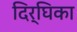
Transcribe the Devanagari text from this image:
दिर्घिका